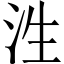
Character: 泩